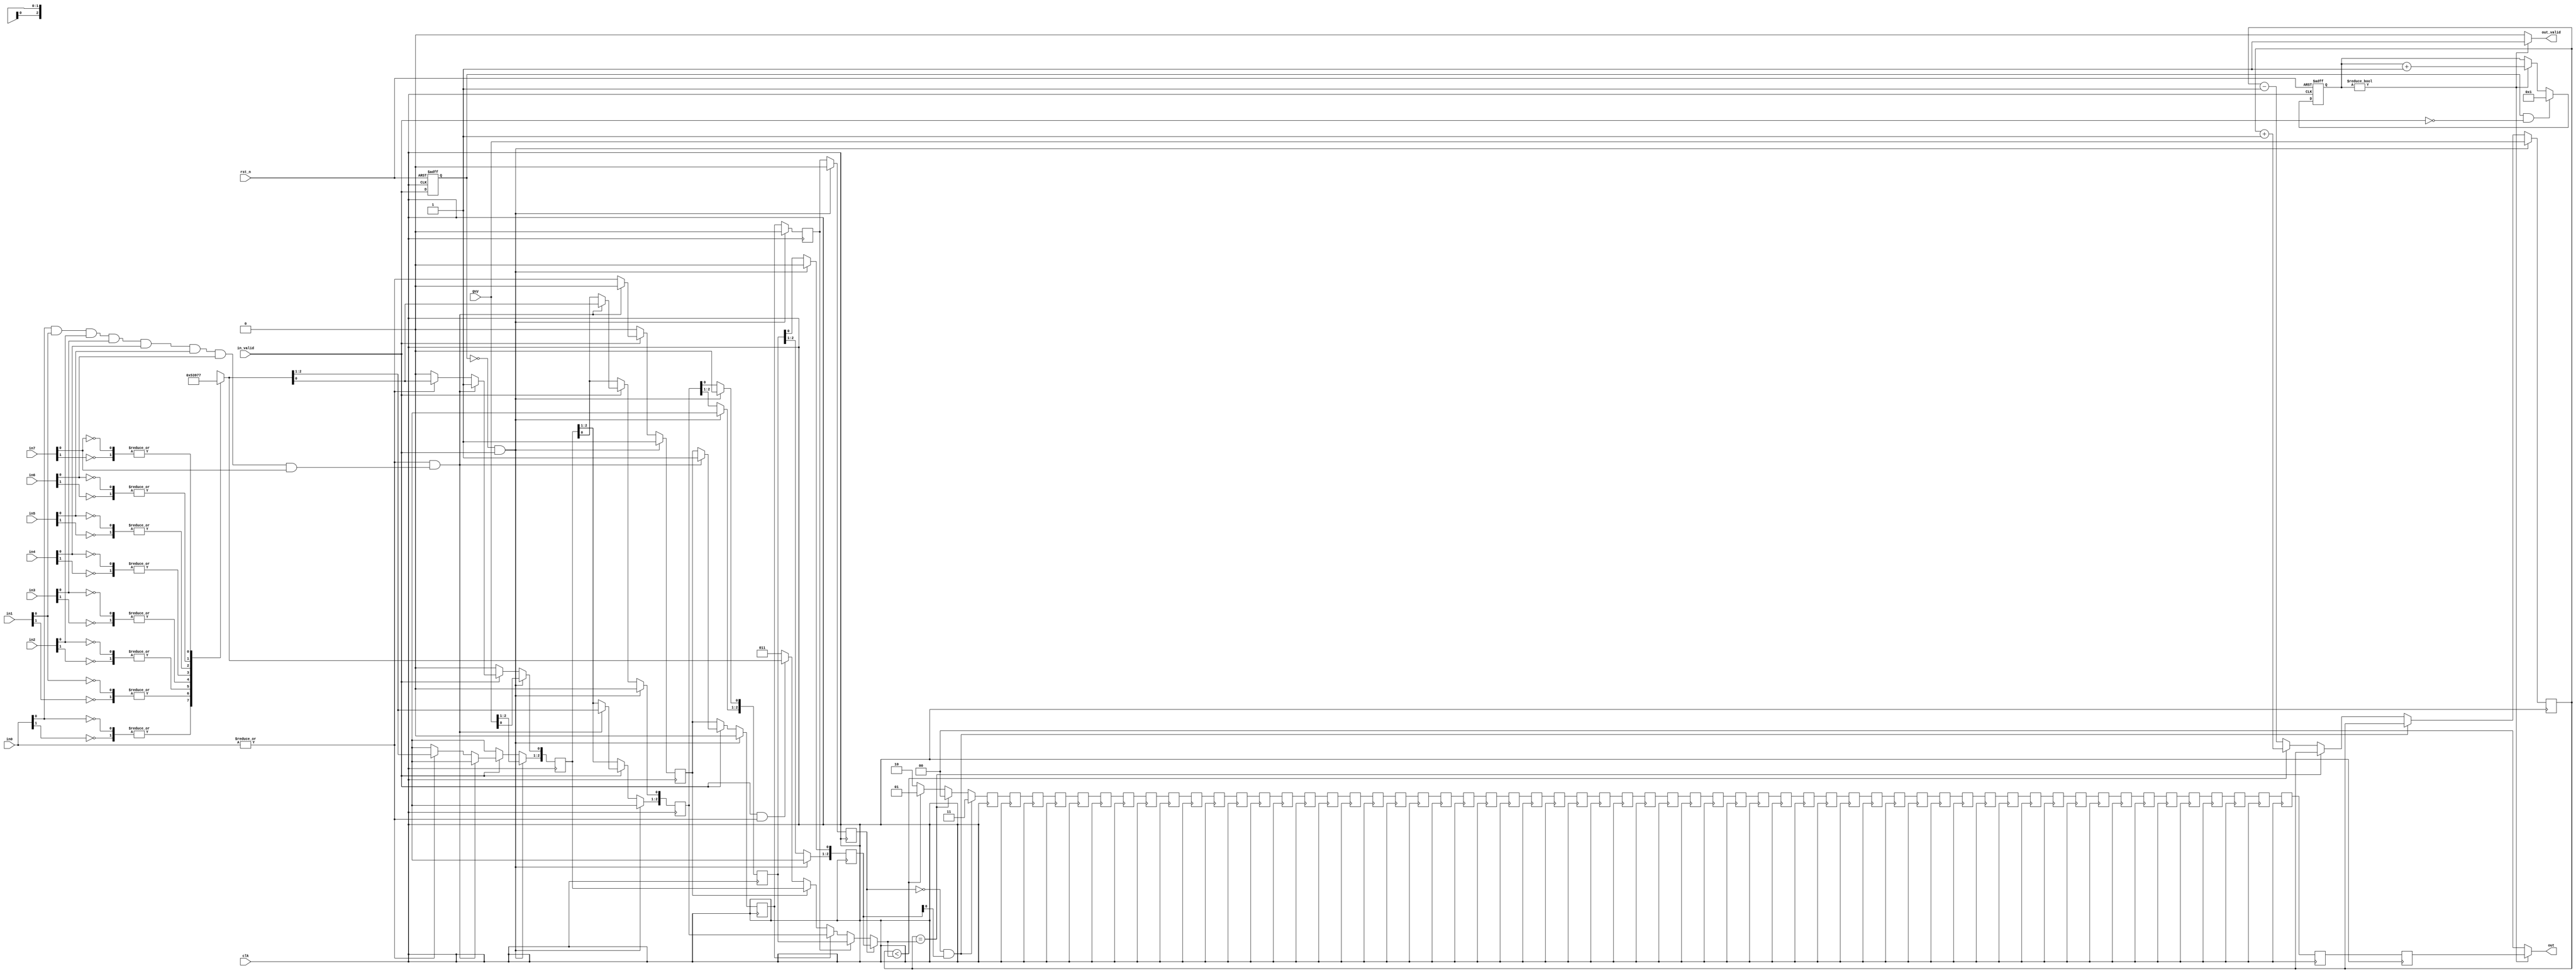
module BP(
  clk,
  rst_n,
  in_valid,
  guy,
  in0,
  in1,
  in2,
  in3,
  in4,
  in5,
  in6,
  in7,
  
  out_valid,
  out
);

input             clk, rst_n;
input             in_valid;
input       [2:0] guy;
input       [1:0] in0, in1, in2, in3, in4, in5, in6, in7;
output reg        out_valid;
output reg  [1:0] out;
//=====+++++-----!!!!!//    
localparam MOV_STOP		= 2'd0;
localparam MOV_RIGHT	= 2'd1;
localparam MOV_LEFT		= 2'd2;
localparam MOV_JUMP		= 2'd3;
integer i;

reg in_flag;
reg [2:0] in_pos;
reg in_jump;
always @(*) begin
	in_flag <= |in0;
	in_pos <= 3'bx;
	case (1'b0) // synopsys parallel_case
		in0[0], in0[1] : in_pos <= 3'd0;
		in1[0], in1[1] : in_pos <= 3'd1;
		in2[0], in2[1] : in_pos <= 3'd2;
		in3[0], in3[1] : in_pos <= 3'd3;
		in4[0], in4[1] : in_pos <= 3'd4;
		in5[0], in5[1] : in_pos <= 3'd5;
		in6[0], in6[1] : in_pos <= 3'd6;
		in7[0], in7[1] : in_pos <= 3'd7;
	endcase
	in_jump <= in0[0] & in1[0] & in2[0] & in3[0] & in4[0] & in5[0] & in6[0] & in7[0];
end

reg [2:0] player;
wire [2:0] player_right = player + 3'd1;
wire [2:0] player_left = player - 3'd1;
reg flag [1:4];
reg [2:0] pos [1:4];
reg [1:0] ans [5:64];

reg [1:0] mov;
reg [2:0] player_next;
reg [2:0] target;
always @(*) begin
	target <= 3'd3;
	if (in_valid && in_flag) target <= in_pos;
	for (i = 1; i <= 4; i = i + 1) begin
		if (flag[i]) target <= pos[i];
	end
end
always @(*) begin
	if (!flag[4] && pos[4][0]) mov <= MOV_JUMP;
	else if (player == target) mov <= MOV_STOP;
	else if (player < target) mov <= MOV_RIGHT;
	else mov <= MOV_LEFT;

	if (!flag[4] && pos[4][0]) player_next <= player;
	else if (player == target) player_next <= player;
	else if (player < target) player_next <= player_right;
	else player_next <= player_left;
end

reg in_valid_last;
always @(posedge clk or negedge rst_n) begin
	if (!rst_n) in_valid_last <= 1'b0;
	else in_valid_last <= in_valid;
end
wire in_valid_begin = !in_valid_last && in_valid;
wire in_valid_end = in_valid_last && !in_valid;

reg [5:0] cnt;
always @(posedge clk or negedge rst_n) begin
	if (!rst_n) begin
		cnt <= 6'd0;
	end
	else begin
		if (in_valid_end) cnt <= 6'd1;
		else if (cnt) cnt <= cnt + 6'd1;
	end
end

always @(posedge clk) begin
	player <= 3'bx; //
	for (i = 1; i <= 4; i = i + 1) begin //
		flag[i] <= 1'bx;
		pos[i] <= 3'bx;
	end
	for (i = 5; i <= 64; i = i + 1) ans[i] <= 2'bx; //

	if (in_valid_begin) begin
		player <= guy;
		for (i = 2; i <= 4; i = i + 1) begin
			flag[i] <= 1'b0;
			pos[i][0] <= 1'b0;
		end
		flag[1] <= 1'b1;
		pos[1] <= guy;
	end
	else begin
		player <= player_next;
		for (i = 2; i <= 4; i = i + 1) begin
			flag[i] <= flag[i - 1];
			pos[i] <= pos[i - 1];
		end
		if (in_valid) begin
			if (in_flag && in_jump) begin
				flag[2] <= 1'b1;
				pos[2] <= in_pos;
				flag[1] <= 1'b0;
				pos[1][0] <= 1'b1;
			end
			else begin
				flag[1] <= in_flag;
				if (in_flag) pos[1] <= in_pos;
				else pos[1][0] <= 1'b0;
			end
		end
		else begin
			flag[1] <= 1'b0;
			pos[1][0] <= 1'b0;
		end
	end
	for (i = 6; i <= 64; i = i + 1) ans[i] <= ans[i - 1];
	ans[5] <= mov;
end

always @(*) begin
	out_valid <= 1'b0;
	out <= 2'b00;
	if (cnt) begin
		out_valid <= 1'b1;
		out <= ans[64];
	end
end

endmodule